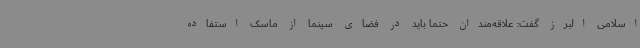
اسلامی البرز گفت: علاقه‌مندان حتما باید در فضای سینما از ماسک استفاده